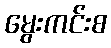
မွေးကင်းစ